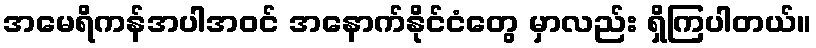
အမေရိကန်အပါအဝင် အနောက်နိုင်ငံတွေ မှာလည်း ရှိကြပါတယ်။